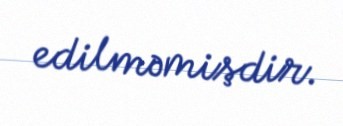
edilməmişdir.